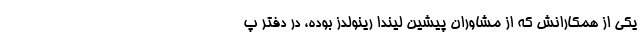
یکی از همکارانش که از مشاوران پیشین لیندا رینولدز بوده، در دفتر پ